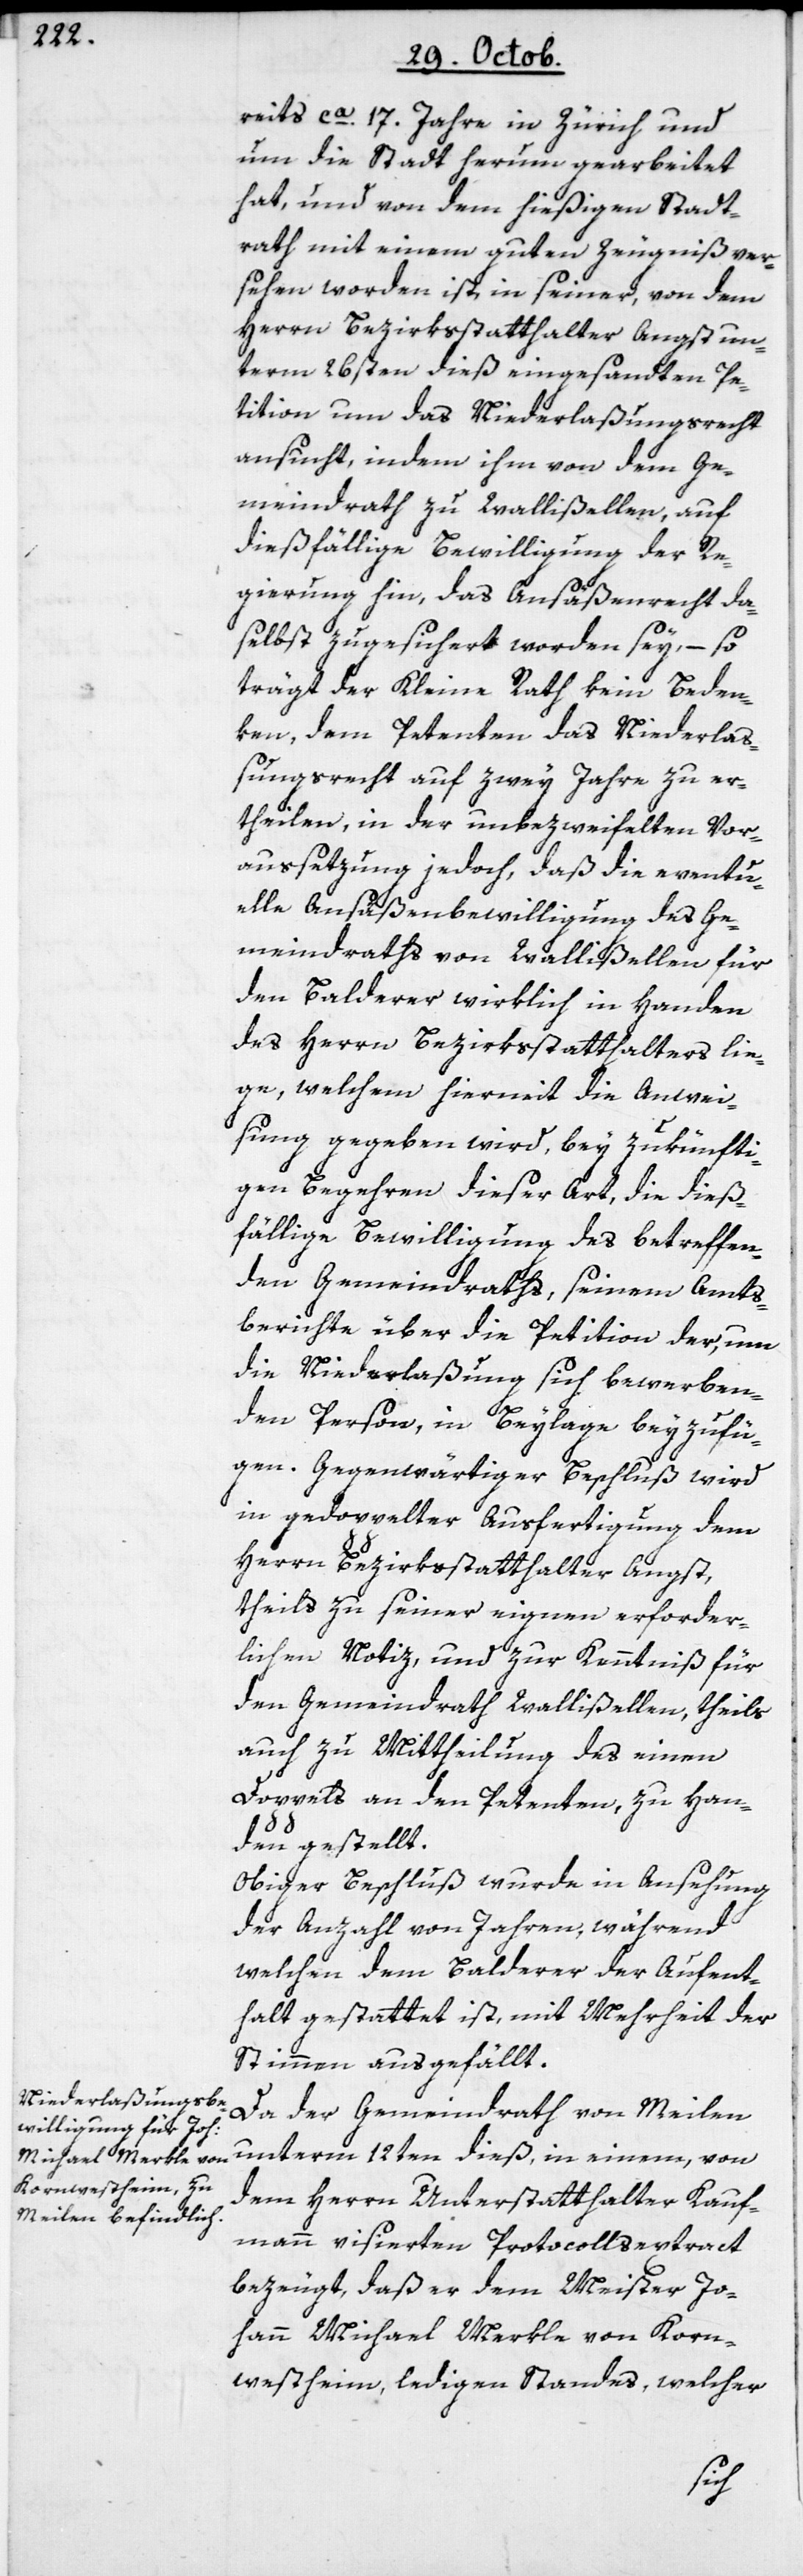
reits ca. 17. Jahre in Zürich und
um die Stadt herum gearbeitet
hat, und von dem hießigen Stadt¬
rath mit einem guten Zeugniß ver¬
sehen worden ist, in seiner, von dem
Herrn Bezirksstatthalter Angst un¬
term 26sten dieß eingesandten Pe¬
tition um das Niederlaßungsrecht
ansucht, indem ihm von dem Ge¬
meindrath zu Wallißellen, auf
dießfällige Bewilligung der Re¬
gierung hin, das Ansäßenrecht da¬
selbst zugesichert worden sey, – so
trägt der Kleine Rath kein Beden¬
ken, dem Petenten das Niederlaß¬
ungsrecht auf zwey Jahre zu er¬
theilen, in der unbezweifelten Vor¬
aussetzung jedoch, daß die eventu¬
elle Ansäßenbewiligung des Ge¬
meindraths von Wallßellen für
den Balderer wirklich in Handen
des Herrn Bezirksstatthalters lie¬
ge, welchem hiermit die Anwei¬
sung gegeben wird, bey zukünfti¬
gen Begehren dieser Art, die dieß¬
fällige Bewilligung des betreffen¬
den Gemeindraths, seinem Amts¬
berichte über die Petition der, um
die Niederlaßung sich bewerben¬
den Person, in Beylage beyzufü¬
Gegenwärtiger Beschluß wird
in gedoppelter Ausfertigung dem
Herrn Bezirksstatthalter Angst,
theils zu seiner eignen erforder¬
lichen Notiz, und zur Kenntniß für
den Gemeindrath Wallißellen, theils
auch zu Mittheilung des einen
Doppels an den Petenten, zu Han¬
den gestellt.
Obiger Beschluß wurde in Ansehung
der Anzahl von Jahren, während
welchen dem Balderer der Aufent¬
halt gestattet ist, mit Mehrheit der
Stimmen ausgefällt.
Da der Gemeindrath von Meilen
unterm 12ten dieß, in einem, von
dem Herrn Unterstatthalter Kauf¬
mann visierten Protocollsextract
bezeugt, daß er dem Meister Jo¬
hann Michael Merkle von Korn¬
westheim, ledigen Standes, welcher
gen.